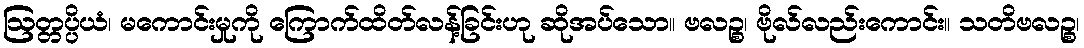
ဩတ္တပ္ပိယံ၊ မကောင်းမှုကို ကြောက်ထိတ်လန့်ခြင်းဟု ဆိုအပ်သော။ ဗလဉ္စ၊ ဗိုလ်လည်းကောင်း။ သတိဗလဉ္စ၊